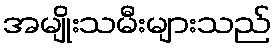
အမျိုးသမီးများသည်